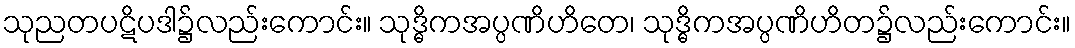
သုညတပဋိပဒါ၌လည်းကောင်း။ သုဒ္ဓိကအပ္ပဏိဟိတေ၊ သုဒ္ဓိကအပ္ပဏိဟိတ၌လည်းကောင်း။